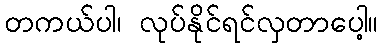
တကယ်ပါ၊ လုပ်နိုင်ရင်လှတာပေါ့။